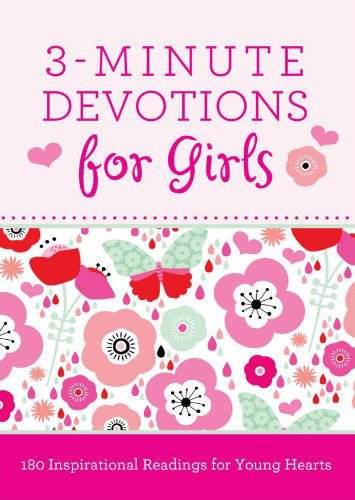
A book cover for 3-Minute Devotions for Girls: 180 Inspirational Readings for Young Hearts; Janice Thompson; Children's Books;